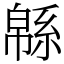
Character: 緜